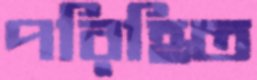
পরিহিত